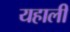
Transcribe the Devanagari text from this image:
यहाली